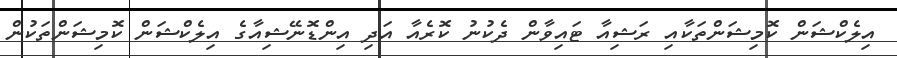
އިލެކްޝަން ކޮމިޝަންތަކާއި ރަޝިއާ ޓައިވާން ދެކުނު ކޮރެއާ އަދި އިންޑޮނޭޝިއާގެ އިލެކްޝަން ކޮމިޝަންތަކުން